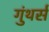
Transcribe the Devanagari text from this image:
गुंथर्स